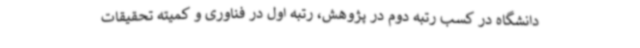
دانشگاه در کسب رتبه دوم در پژوهش، رتبه اول در فناوری و کمیته تحقیقات